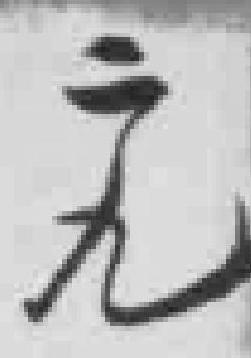
二九